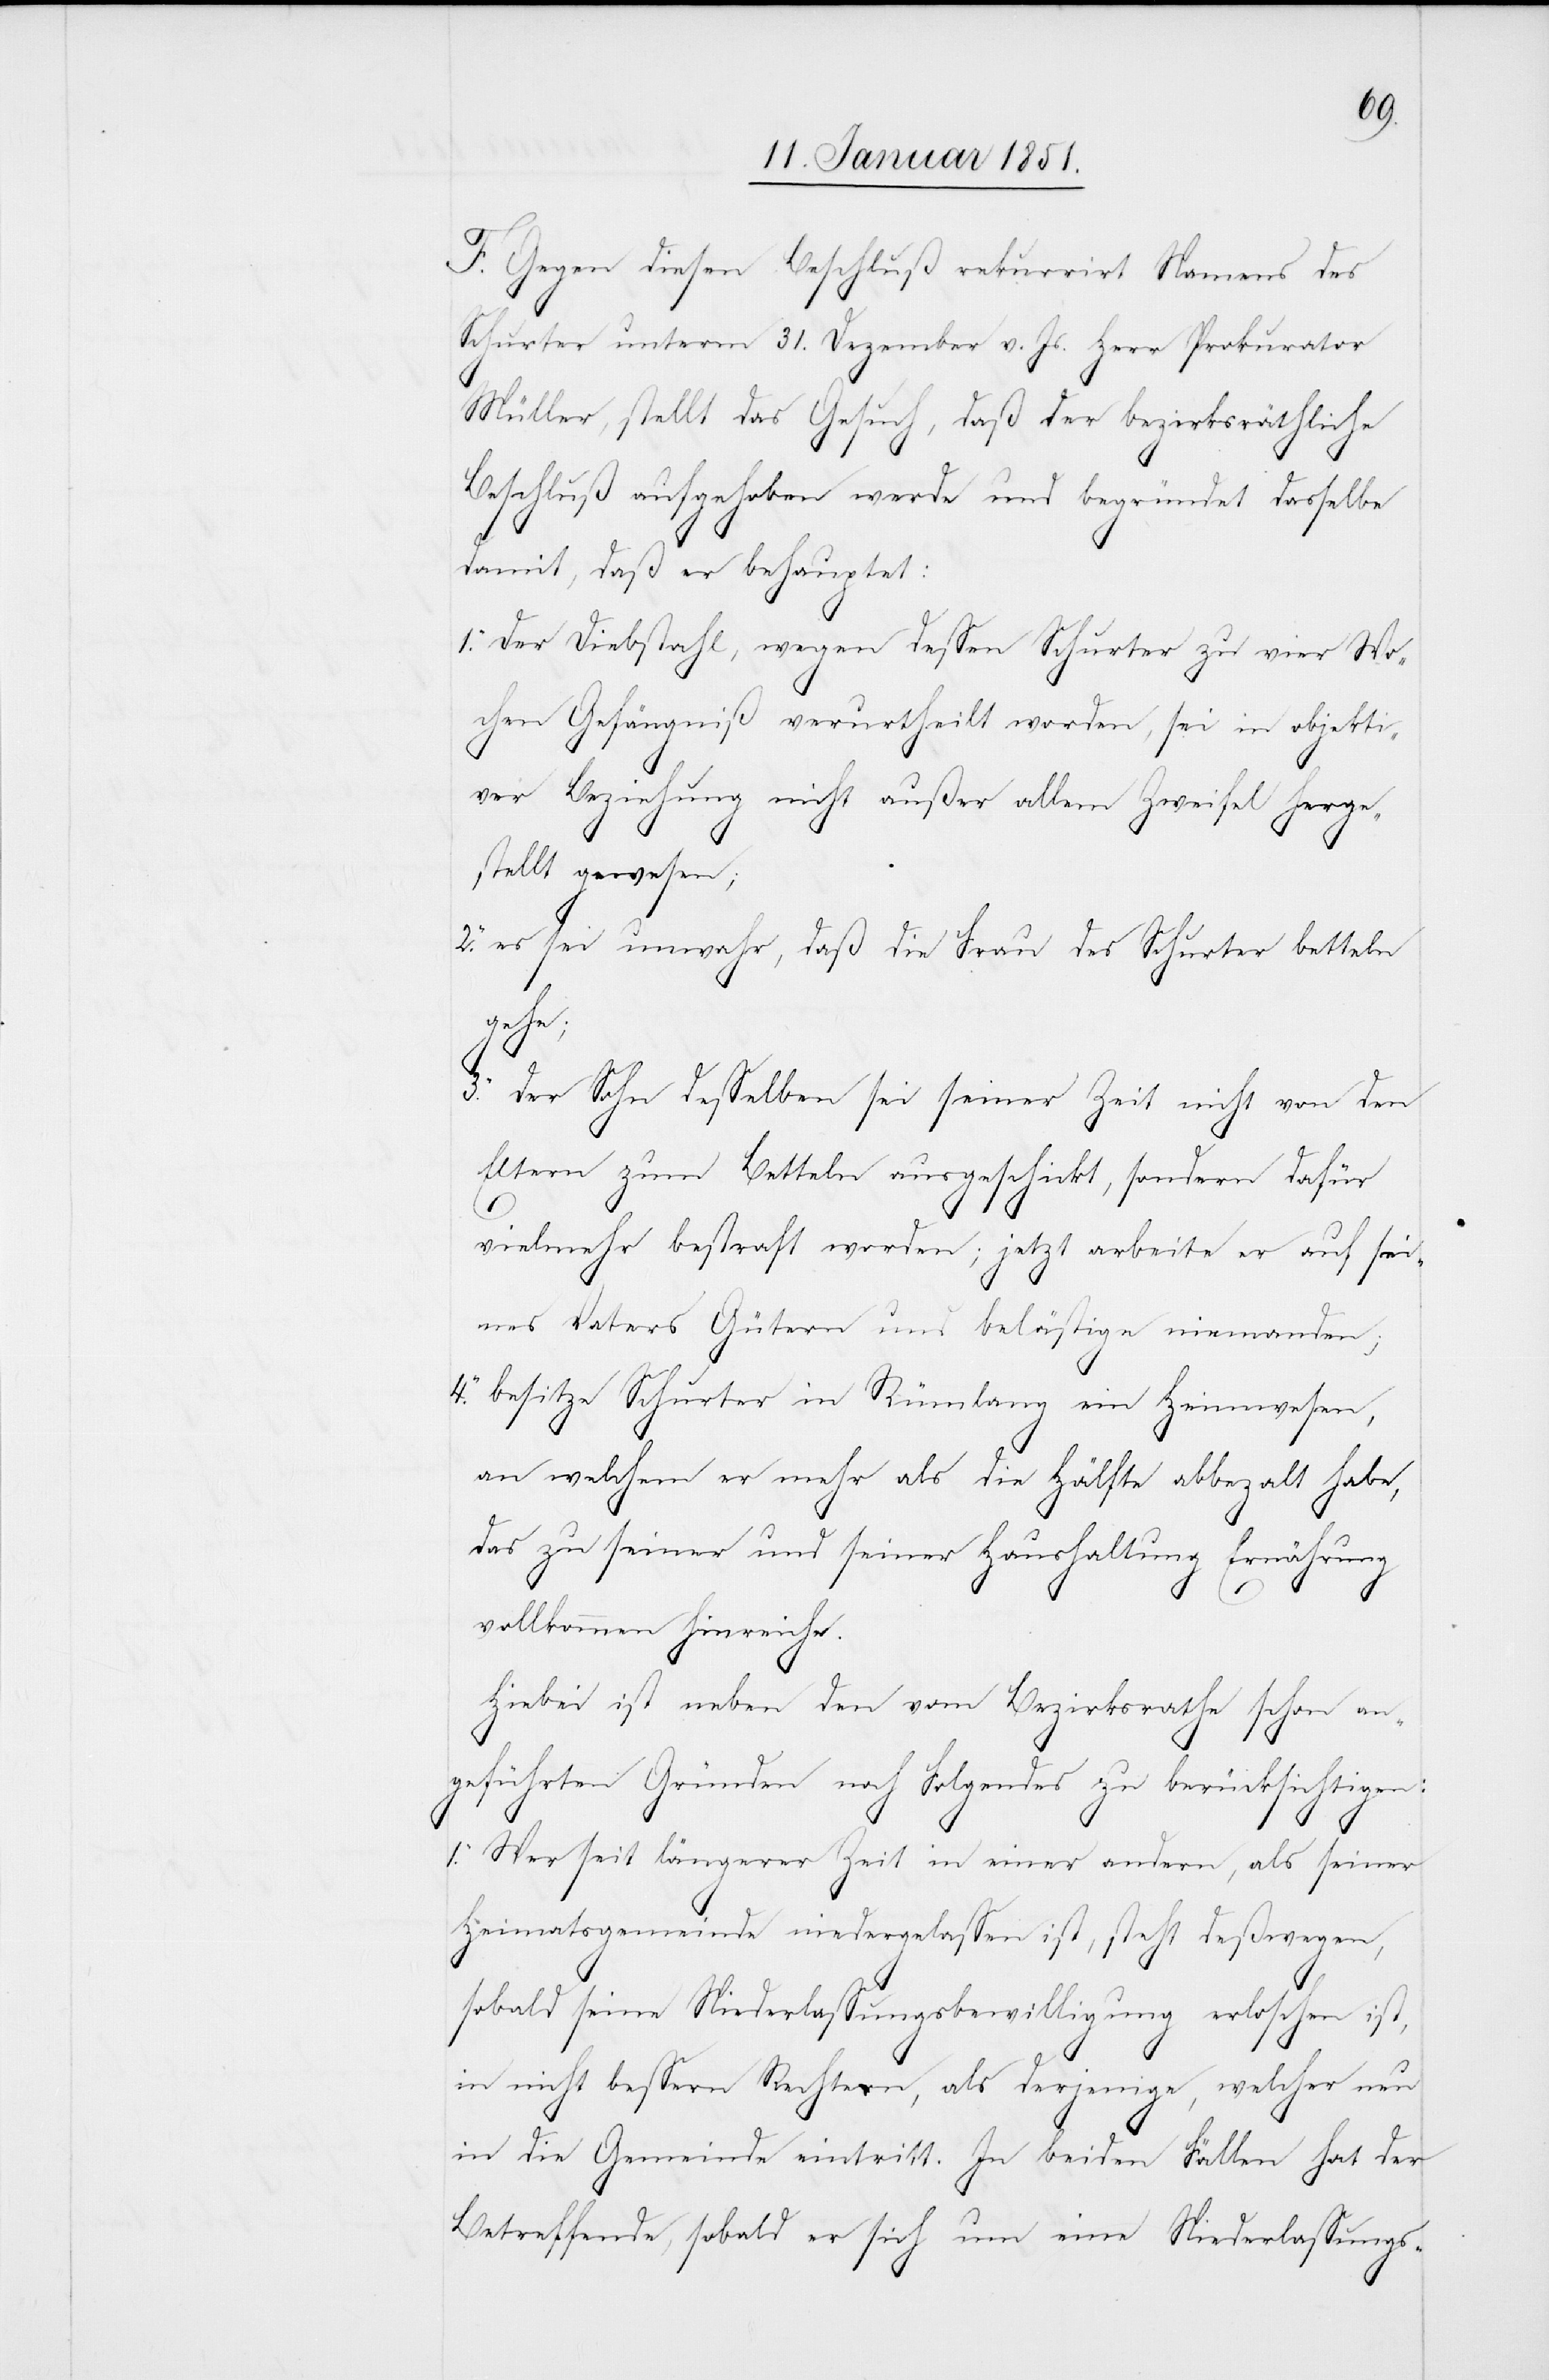
2.
3.
Beschluß rekurrirt Namens des
ter u¬
nterm
31. Dezember v. Js. Herr Prokurator
Müller, stellt das Gesuch, daß der bezirksräthliche
Beschluß aufgehoben werde und begründet dasselbe
damit, daß er behauptet:
Der Diebstahl, wegen dessen Schurter zu vier Wo¬
chen Gefängniß verurtheilt worden, sei in objekti¬
ver Beziehung nicht außer allem Zweifel herge¬
stellt gewesen;
es sei unwahr, daß die Frau des Schurter betteln
gehe;
Der Sohn desselben sei seiner Zeit nicht von den
Eltern zum Betteln ausgeschickt, sondern dafür
1.
vielmehr bestraft worden; jetzt arbeite er auf sei¬
nes Vaters Gütern und belästige niemanden;
4.
besitze Schurter in Rümlang ein Heimwesen,
an welchem er mehr als die Hälfte abbeza[h]lt habe,
das zu seiner und seiner Haushaltung Ernährung
vollkommen hinreiche.
Hiebei ist neben den vom Bezirksrathe schon an¬
geführten Gründen noch Folgendes zu berücksichtigen:
1. Wer seit längerer Zeit in einer andern, als seiner
Heimatsgemeinde niedergelassen ist, steht deßwegen,
sobald seine Niederlassungsbewilligung erloschen ist,
in nicht bessern Rechten, als derjenige, welcher neu
in die Gemeinde eintritt. In beiden Fällen hat der
Betreffende, sobald er sich um eine Niederlassungs-